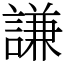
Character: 謙